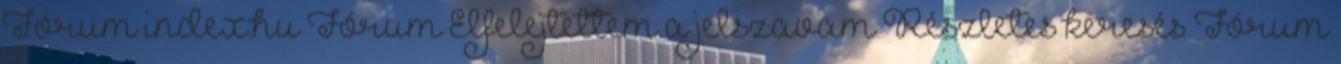
Fórum index.hu Fórum Elfelejtettem a jelszavam Részletes keresés Fórum